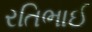
રતિભાઈ